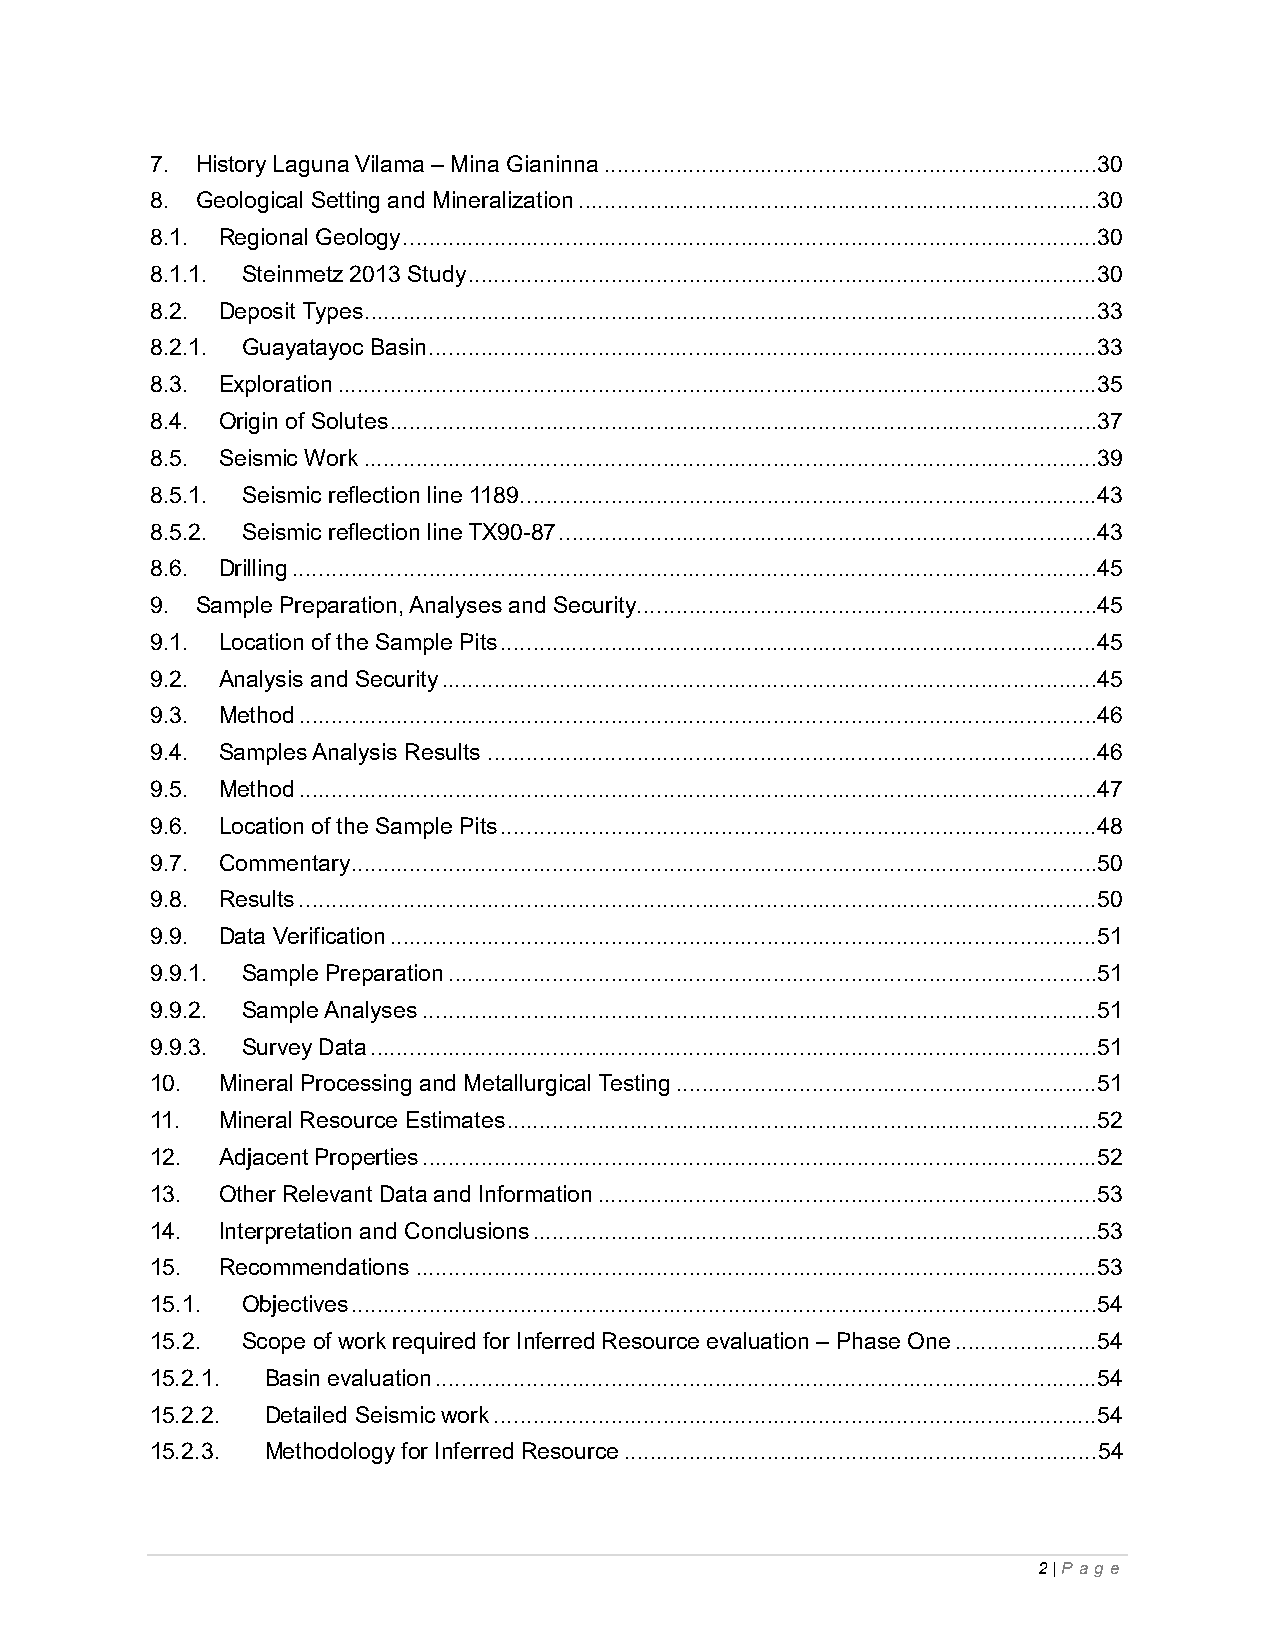
7. History Laguna Vilama – Mina Gianinna ............................................................................30
 8. Geological Setting and Mineralization ................................................................................30
 8.1. Regional Geology ...........................................................................................................30
 8.1.1. Steinmetz 2013 Study .................................................................................................30
 8.2. Deposit Types .................................................................................................................33
 8.2.1. Guayatayoc Basin .......................................................................................................33
 8.3. Exploration .....................................................................................................................35
 8.4. Origin of Solutes .............................................................................................................37
 8.5. Seismic Work .................................................................................................................39
 8.5.1. Seismic reflection line 1189 .........................................................................................43
 8.5.2. Seismic reflection line TX90-87 ...................................................................................43
 8.6. Drilling ............................................................................................................................45
 9. Sample Preparation, Analyses and Security .......................................................................45
 9.1. Location of the Sample Pits ............................................................................................45
 9.2. Analysis and Security .....................................................................................................45
 9.3. Method ...........................................................................................................................46
 9.4. Samples Analysis Results ..............................................................................................46
 9.5. Method ...........................................................................................................................47
 9.6. Location of the Sample Pits ............................................................................................48
 9.7. Commentary ...................................................................................................................50
 9.8. Results ...........................................................................................................................50
 9.9. Data Verification .............................................................................................................51
 9.9.1. Sample Preparation ....................................................................................................51
 9.9.2. Sample Analyses ........................................................................................................51
 9.9.3. Survey Data ................................................................................................................51
 10. Mineral Processing and Metallurgical Testing .................................................................51
 11. Mineral Resource Estimates ...........................................................................................52
 12. Adjacent Properties ........................................................................................................52
 13. Other Relevant Data and Information .............................................................................53
 14. Interpretation and Conclusions .......................................................................................53
 15. Recommendations .........................................................................................................53
 15.1. Objectives ...................................................................................................................54
 15.2. Scope of work required for Inferred Resource evaluation – Phase One ......................54
 15.2.1. Basin evaluation ......................................................................................................54
 15.2.2. Detailed Seismic work .............................................................................................54
 15.2.3. Methodology for Inferred Resource .........................................................................54
 2 | P ag e